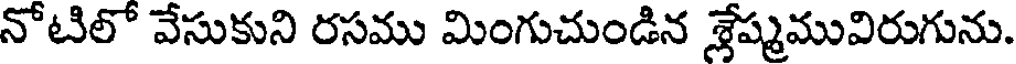
నోటిలో వేసుకుని రసము మింగుచుండిన శ్లేష్మమువిరుగును.